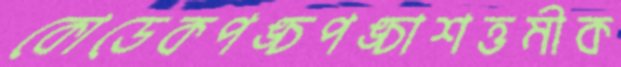
কোডেকপঙ্চপঙ্চাশত্তমীক